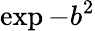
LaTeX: \exp{-b^{2}}